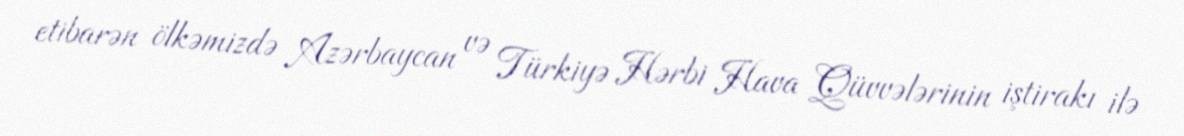
etibarən ölkəmizdə Azərbaycan və Türkiyə Hərbi Hava Qüvvələrinin iştirakı ilə